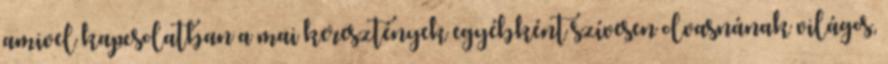
amivel kapcsolatban a mai keresztények egyébként szívesen olvasnának világos,